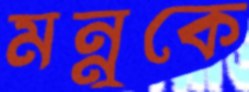
মন্নুকে